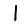
Digit: 1